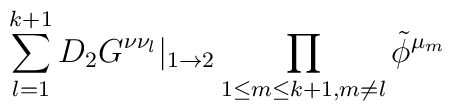
\sum_{l=1}^{k+1}D_2G^{\nu\nu_l}|_{1\rightarrow 2} \prod_{1\leq m\leq k+1, m\not{=}l}\tilde{\phi}^{\mu_m}